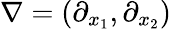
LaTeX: \nabla=\left(\partial_{x_{1}},\partial_{x_{2}}\right)